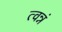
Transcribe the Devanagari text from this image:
त्वन्नं